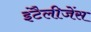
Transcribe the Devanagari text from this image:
इंटैलीजेंस